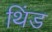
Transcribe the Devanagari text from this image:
थिंड